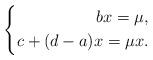
LaTeX: \begin{align*}\left\{\begin{aligned}bx=\mu,\\c+(d-a)x=\mu x.\end{aligned}\right.\end{align*}